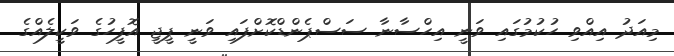
މިއަދު އިއްވި ހުކުމުގައި ވަނީ އިހްސާނާ ސަސްޕެންޑްކޮށްފައި ވަނީ ޕީޖީ އޮފީހުގެ ވަކީލެއްގެ